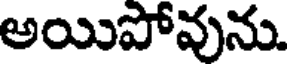
అయిపోవును.